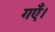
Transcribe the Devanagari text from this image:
गएँ।